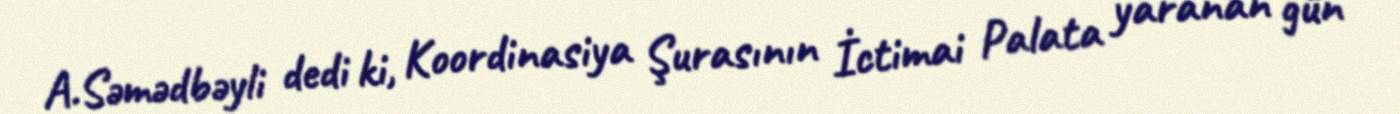
A.Səmədbəyli dedi ki, Koordinasiya Şurasının İctimai Palata yaranan gün